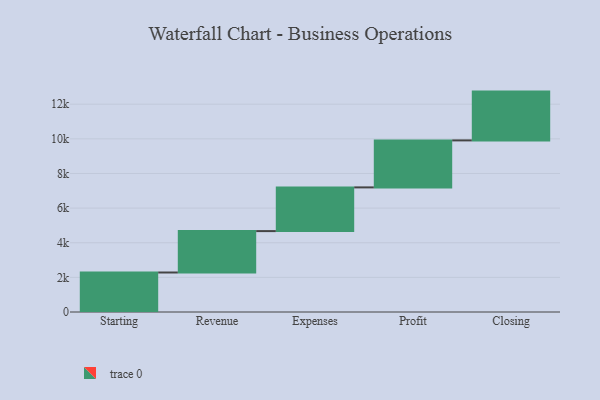
{"axis": {"x": "Step", "y": "Value"}, "legend": [""], "data": [{"x": "Starting", "y": 2281.0, "type": ""}, {"x": "Revenue", "y": 2391.0, "type": ""}, {"x": "Expenses", "y": 2524.0, "type": ""}, {"x": "Profit", "y": 2714.0, "type": ""}, {"x": "Closing", "y": 2818.0, "type": ""}]}